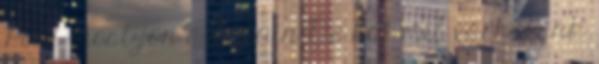
Pont most jön a Putyin De hát mit várhatunk